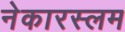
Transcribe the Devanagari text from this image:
नेकारस्लम